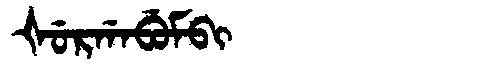
Manchu: ᡧᡠᡵᡤᠠᠪᡠᠮᠪᡳ
Romanization: ŠURGABUMBI